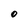
Character: O